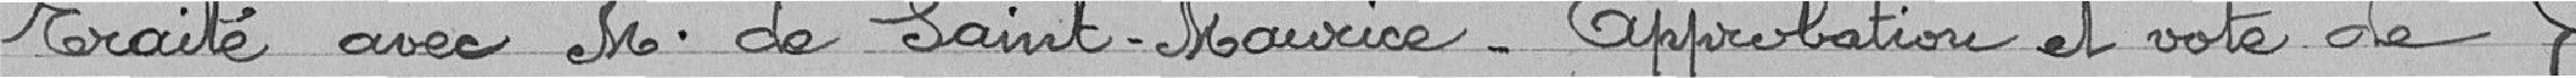
Traité avec Monsieur de Saint Maurice - Approbation et vote de